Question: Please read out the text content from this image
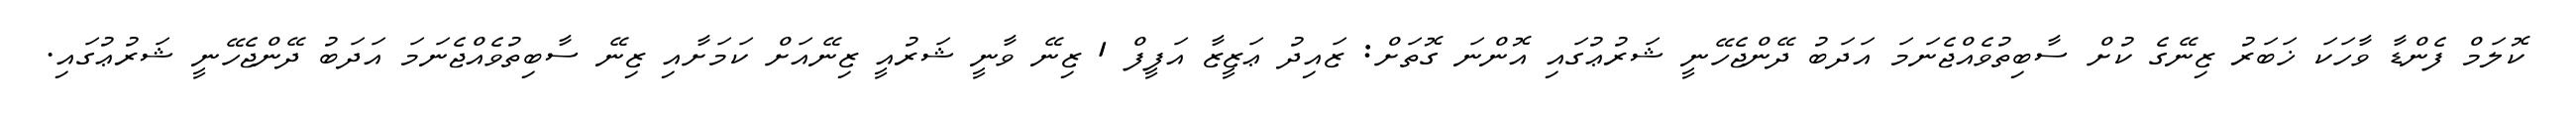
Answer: ކޮލަމް ފެންޑާ ވާހަކަ ޚަބަރު ޒިނޭގެ ކުށް ސާބިތުވެއްޖެނަމަ އަދަބު ދޭންޖެހޭނީ ޝަރުޢުގައި އޮންނަ ގޮތަށް: ޒައިދު ޢަޒީޒާ އަފީފް 1 ޒިނޭ ވާނީ ޝަރުއީ ޒިނޭއަށް ކަމަށާއި ޒިނޭ ސާބިތުވެއްޖެނަމަ އަދަބު ދޭންޖެހޭނީ ޝަރުޢުގައި.